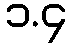
၁.၄